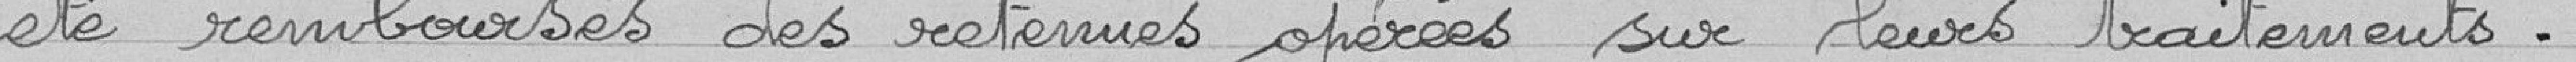
été remboursés des retenues opérées sur leurs traitements.